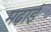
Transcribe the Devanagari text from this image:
मढ़ाई